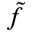
\tilde { f }